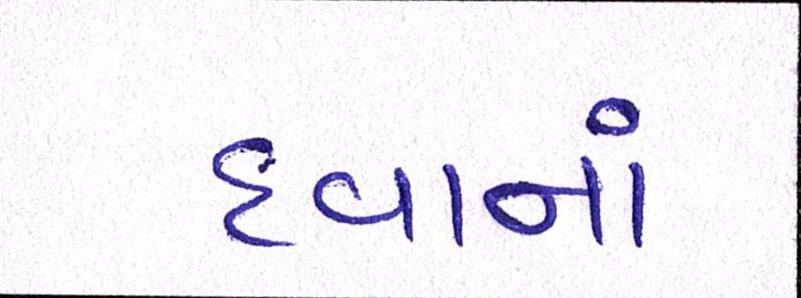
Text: દવાનાં